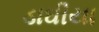
ડાઘીયા